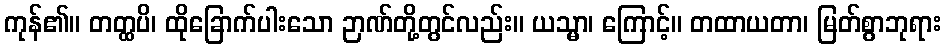
ကုန်၏။ တတ္ထပိ၊ ထိုခြောက်ပါးသော ဉာဏ်တို့တွင်လည်း။ ယသ္မာ၊ ကြောင့်။ တထာယတာ၊ မြတ်စွာဘုရား